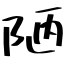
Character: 陋